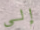
إلى